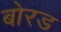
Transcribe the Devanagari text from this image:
बोरड